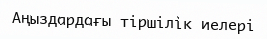
Аңыздардағы тіршілік иелері